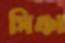
সিঞ্চা